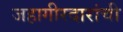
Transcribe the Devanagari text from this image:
जहागीरदारांची